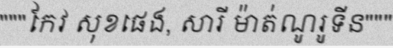
"""កែវ សុខផេង, សារី ម៉ាត់ណូរូទីន"""